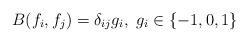
LaTeX: \begin{align*}B(f_{i},f_{j}) = \delta _{ij}g_{i}, \ g_{i} \in \{-1,0,1 \}\end{align*}